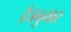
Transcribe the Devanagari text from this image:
है।चुनार